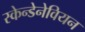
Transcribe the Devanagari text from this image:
स्केन्डेनेवियन